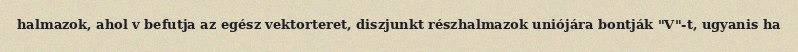
halmazok, ahol v befutja az egész vektorteret, diszjunkt részhalmazok uniójára bontják "V"-t, ugyanis ha